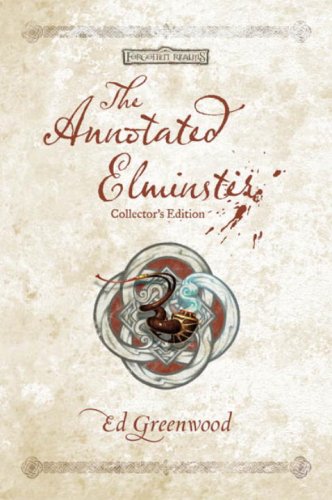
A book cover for The Annotated Elminster Collector's Edition (The Elminster Series); Ed Greenwood; Literature & Fiction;